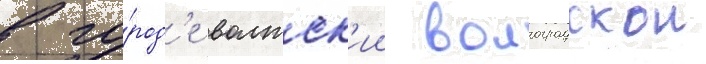
в го́род'е волжск'ии волгоградскои